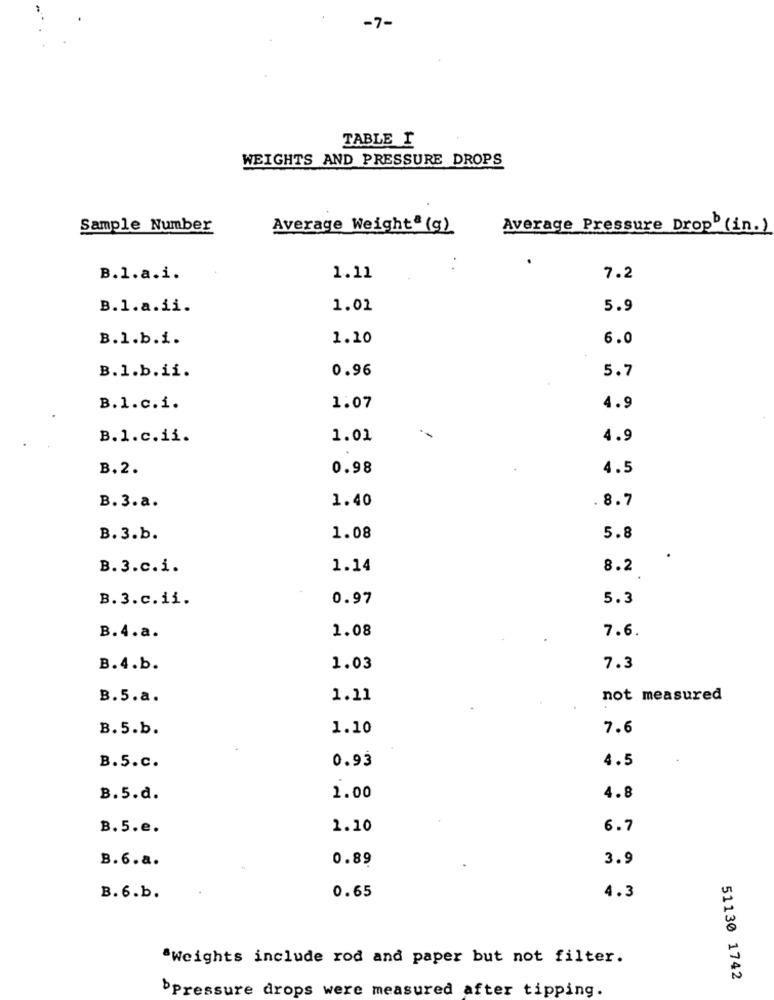
-7-
TABLE I
WEIGHTS AND PRESSURE DROPS
Sample Number
Average Weight* (g)
Average Pressure Dropb (in.)
B.l.a.i.
1.11
7.2
B.1.a.ii.
1.01
5.9
B.l.b.i.
1.10
6.0
0.96
B.1.b.ii.
5.7
B.l.c.i.
1.07
4.9
B.l.c.ii.
1.01
4.9
B.2.
0.98
4.5
.8.7
B. 3.a.
1.40
B. 3.b.
1.08
5.8
B. 3.c.i.
1.14
8.2
B. 3.c.ii.
0.97
5.3
1.08
7.6.
B. 4.a.
B.4.b.
1.03
7.3
B.5.a.
1.11
not measured
B. 5.b.
1.10
7.6
0.93
4.5
B.5.c.
B.5.d.
1.00
4.8
B. 5.e.
1.10
6.7
B.6.a.
0.89
3.9
0.65
B. 6.b.
4.3
"Weights include rod and paper but not filter.
51130 1742
`Pressure drops were measured after tipping.